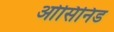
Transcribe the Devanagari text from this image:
ओसिनिड